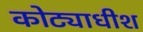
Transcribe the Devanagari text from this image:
कोट्याधीश